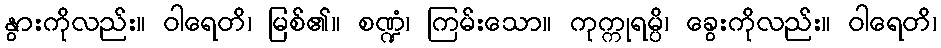
နွားကိုလည်း။ ဝါရေတိ၊ မြစ်၏။ စဏ္ဍံ၊ ကြမ်းသော။ ကုက္ကုရမ္ပိ၊ ခွေးကိုလည်း။ ဝါရေတိ၊